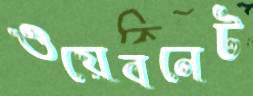
ওয়েবনেট